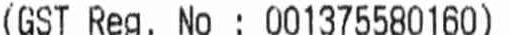
(GST REG.NO: 001375580160)